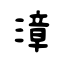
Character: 漳